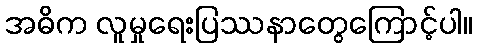
အဓိက လူမှုရေးပြဿနာတွေကြောင့်ပါ။